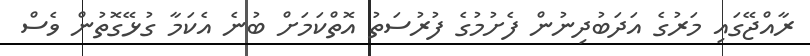
ރާއްޖޭގައި މަރުގެ އަދަބުދިނުން ފެށުމުގެ ފުރުސަތު އޮތްކަމަށް ބުނެ އެކަމާ ގުޅޭގޮތުން ވެސް